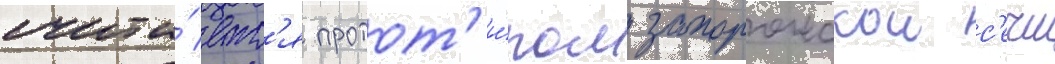
счита́етс'я протот'и́пом запорожскои с'ечи